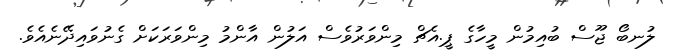
ލުނބޯ ޖޫސް ބުއިމުން މީހާގެ ޕީ.އެޗް މިންވަރުވެސް އަލުން އާންމު މިންވަރަކަށް ގެނުވައިދޭނެއެވެ.